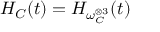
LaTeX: H _ { C } ( t ) = H _ { \omega _ { C } ^ { \otimes 3 } } ( t )